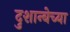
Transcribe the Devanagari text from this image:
दुशान्बेच्या